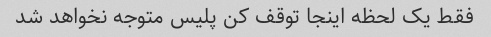
فقط یک لحظه اینجا توقف کن پلیس متوجه نخواهد شد